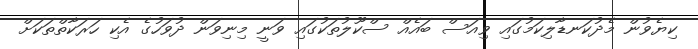
ކިޔެވުން މެދުކަނޑާލިކަމުގައި ވިއަސް ބައެއް ސްކޫލުތަކުގައި ވަނީ މިނިވަން ދުވަހުގެ އެކި ހަރަކާތްތަކަށް